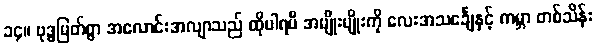
၁၄။ ဗုဒ္ဓမြတ်စွာ အလောင်းအလျာသည် ထိုပါရမီ အမျိုးမျိုးကို လေးအသင်္ချေနှင့် ကမ္ဘာ တစ်သိန်း